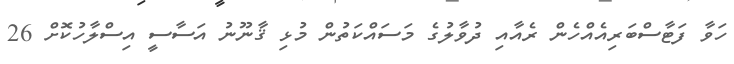
ހަވާ ފަޓާސްބަރިއެއްހެން ރެއާއި ދުވާލުގެ މަސައްކަތުން މުޅި ޤާނޫނު އަސާސީ އިސްލާހުކޮށް 26